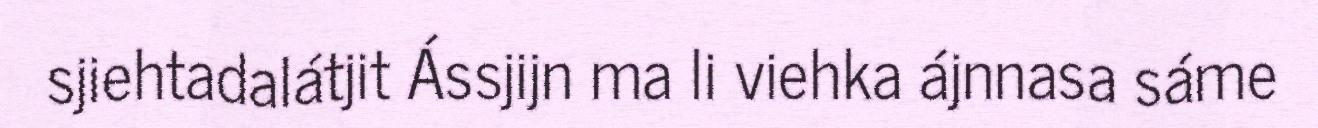
sjiehtadalátjit Ássjijn ma li viehka ájnnasa sáme